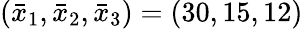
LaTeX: (\bar{x}_{1},\bar{x}_{2},\bar{x}_{3})=(30,15,12)